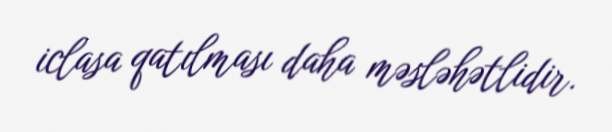
iclasa qatılması daha məsləhətlidir.